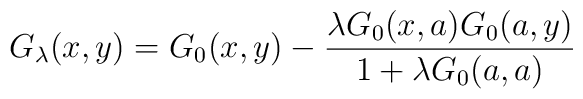
G_\lambda(x,y)=G_0(x,y)-\frac{\lambda G_0(x,a)G_0(a,y)}{1+\lambda G_0(a,a)}